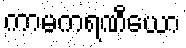
ကာမကရဏီယော